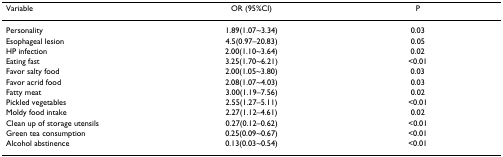
<table><thead><tr><td><b>Variable</b></td><td><b>OR (95%CI)</b></td><td><b>P</b></td></tr></thead><tbody><tr><td>Personality</td><td>1.89(1.07~3.34)</td><td>0.03</td></tr><tr><td>Esophageal lesion</td><td>4.5(0.97–20.83)</td><td>0.05</td></tr><tr><td>HP infection</td><td>2.00(1.10~3.64)</td><td>0.02</td></tr><tr><td>Eating fast</td><td>3.25(1.70~6.21)</td><td>&lt;0.01</td></tr><tr><td>Favor salty food</td><td>2.00(1.05~3.80)</td><td>0.03</td></tr><tr><td>Favor acrid food</td><td>2.08(1.07~4.03)</td><td>0.03</td></tr><tr><td>Fatty meat</td><td>3.00(1.19–7.56)</td><td>0.02</td></tr><tr><td>Pickled vegetables</td><td>2.55(1.27–5.11)</td><td>&lt;0.01</td></tr><tr><td>Moldy food intake</td><td>2.27(1.12–4.61)</td><td>0.02</td></tr><tr><td>Clean up of storage utensils</td><td>0.27(0.12–0.62)</td><td>&lt;0.01</td></tr><tr><td>Green tea consumption</td><td>0.25(0.09~0.67)</td><td>&lt;0.01</td></tr><tr><td>Alcohol abstinence</td><td>0.13(0.03~0.54)</td><td>&lt;0.01</td></tr></tbody></table>